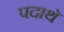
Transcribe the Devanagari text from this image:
पदाथॅ